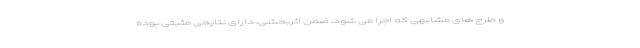
و طرح های مشابهی که اجرا می شود، ضمن اثربخشی، دارای نتایجی مثبتی بوده